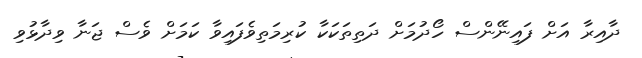
ދާއިރާ އަށް ފައިނޭންސް ހޯދުމަށް ދަތިތަކަކާ ކުރިމަތިވެފައިވާ ކަމަށް ވެސް ޖަނާ ވިދާޅުވި